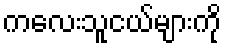
ကလေးသူငယ်များကို